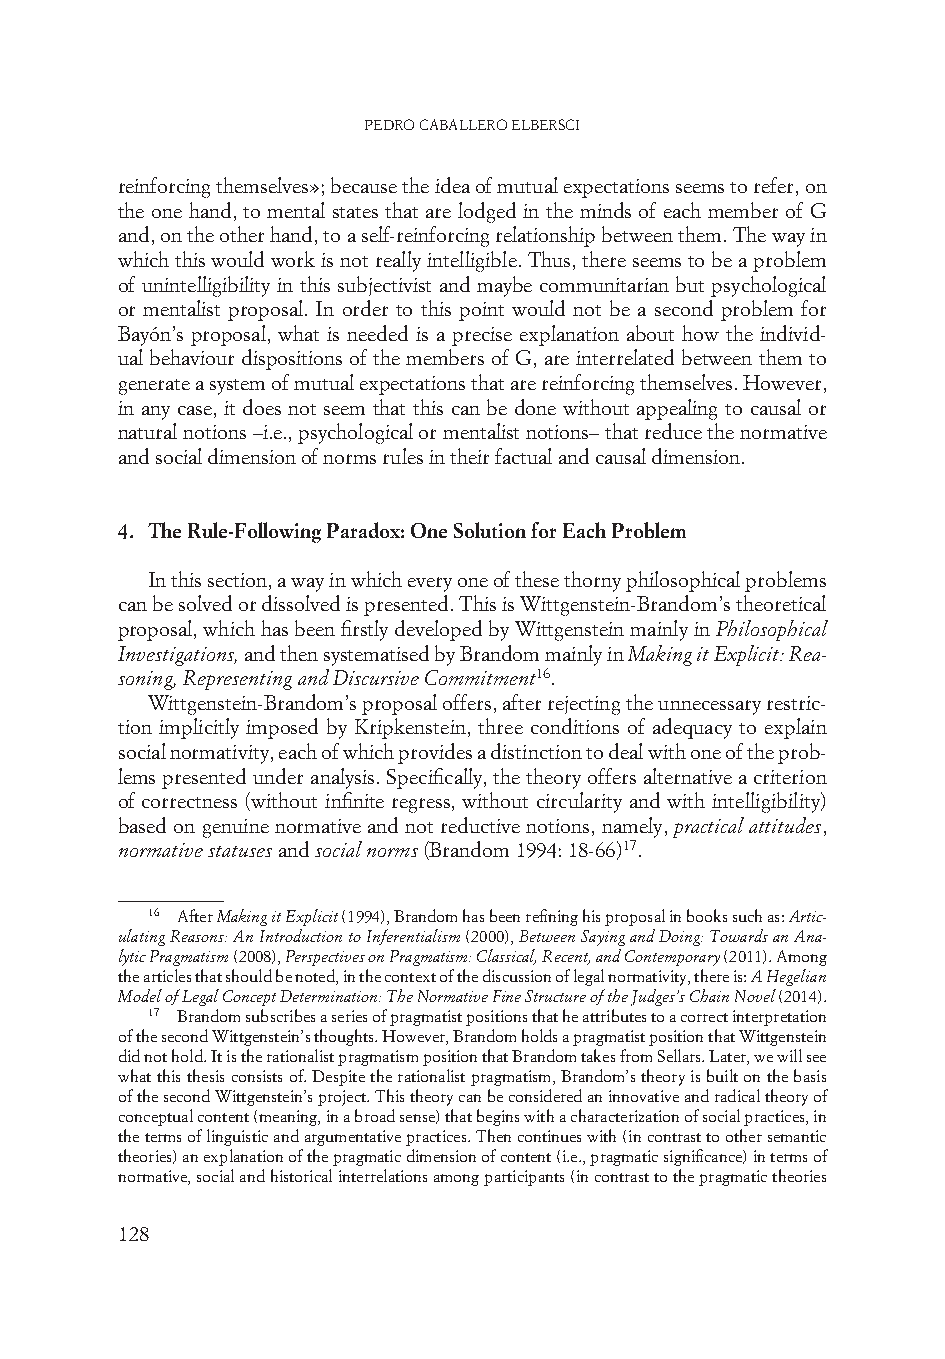
Pedro Caballero elbersCi
 reinforcing themselves»; because the idea of mutual expectations seems to refer, on
 the one hand, to mental states that are lodged in the minds of each member of G
 and, on the other hand, to a self-reinforcing relationship between them. The way in
 which this would work is not really intelligible. Thus, there seems to be a problem
 of unintelligibility in this subjectivist and maybe communitarian but psychological
 or mentalist proposal. In order to this point would not be a second problem for
 Bayón’s proposal, what is needed is a precise explanation about how the individ-
 ual behaviour dispositions of the members of G, are interrelated between them to
 generate a system of mutual expectations that are reinforcing themselves. However,
 in any case, it does not seem that this can be done without appealing to causal or
 natural notions –i.e., psychological or mentalist notions– that reduce the normative
 and social dimension of norms rules in their factual and causal dimension.
 4. The Rule-Following Paradox: One Solution for Each Problem
 In this section, a way in which every one of these thorny philosophical problems
 can be solved or dissolved is presented. This is Wittgenstein-Brandom’s theoretical
 proposal, which has been firstly developed by Wittgenstein mainly in Philosophical
 Investigations, and then systematised by Brandom mainly in Making it Explicit: Rea-
 soning, Representing and Discursive Commitment16.
 Wittgenstein-Brandom’s proposal offers, after rejecting the unnecessary restric-
 tion implicitly imposed by Kripkenstein, three conditions of adequacy to explain
 social normativity, each of which provides a distinction to deal with one of the prob-
 lems presented under analysis. Specifically, the theory offers alternative a criterion
 of correctness (without infinite regress, without circularity and with intelligibility)
 based on genuine normative and not reductive notions, namely, practical attitudes,
 normative statuses and social norms (Brandom 1994: 18-66)17.
 16 After Making it Explicit (1994), Brandom has been refining his proposal in books such as: Artic-
 ulating Reasons: An Introduction to Inferentialism (2000), Between Saying and Doing: Towards an Ana-
 lytic Pragmatism (2008), Perspectives on Pragmatism: Classical, Recent, and Contemporary (2011). Among
 the articles that should be noted, in the context of the discussion of legal normativity, there is: A Hegelian
 Model of Legal Concept Determination: The Normative Fine Structure of the Judges’s Chain Novel (2014).
 17 Brandom subscribes a series of pragmatist positions that he attributes to a correct interpretation
 of the second Wittgenstein’s thoughts. However, Brandom holds a pragmatist position that Wittgenstein
 did not hold. It is the rationalist pragmatism position that Brandom takes from Sellars. Later, we will see
 what this thesis consists of. Despite the rationalist pragmatism, Brandom’s theory is built on the basis
 of the second Wittgenstein’s project. This theory can be considered an innovative and radical theory of
 conceptual content (meaning, in a broad sense) that begins with a characterization of social practices, in
 the terms of linguistic and argumentative practices. Then continues with (in contrast to other semantic
 theories) an explanation of the pragmatic dimension of content (i.e., pragmatic significance) in terms of
 normative, social and historical interrelations among participants (in contrast to the pragmatic theories
 128